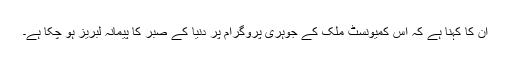
ان کا کہنا ہے کہ اس کمیونسٹ ملک کے جوہری پروگرام پر دنیا کے صبر کا پیمانہ لبریز ہو چکا ہے۔